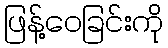
ဖြန့်ဝေခြင်းကို